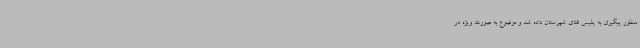
منظور پیگیری به پلیس فتای شهرستان داده شد و موضوع به صورت ویژه در